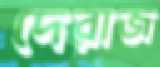
দেরাজ